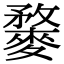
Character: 𪍓